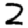
Digit: 2